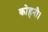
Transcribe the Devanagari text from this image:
कोहनी।